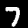
Label: 7